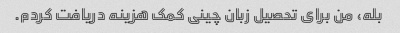
بله، من برای تحصیل زبان چینی کمک هزینه دریافت کردم.